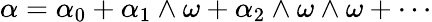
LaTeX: \alpha=\alpha_{0}+\alpha_{1}\wedge\omega+\alpha_{2}\wedge\omega\wedge\omega+\cdots